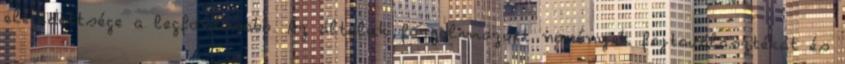
elégedettsége a legfontosabb. Az általuk forgalmazott növények fajtaválasztékát és